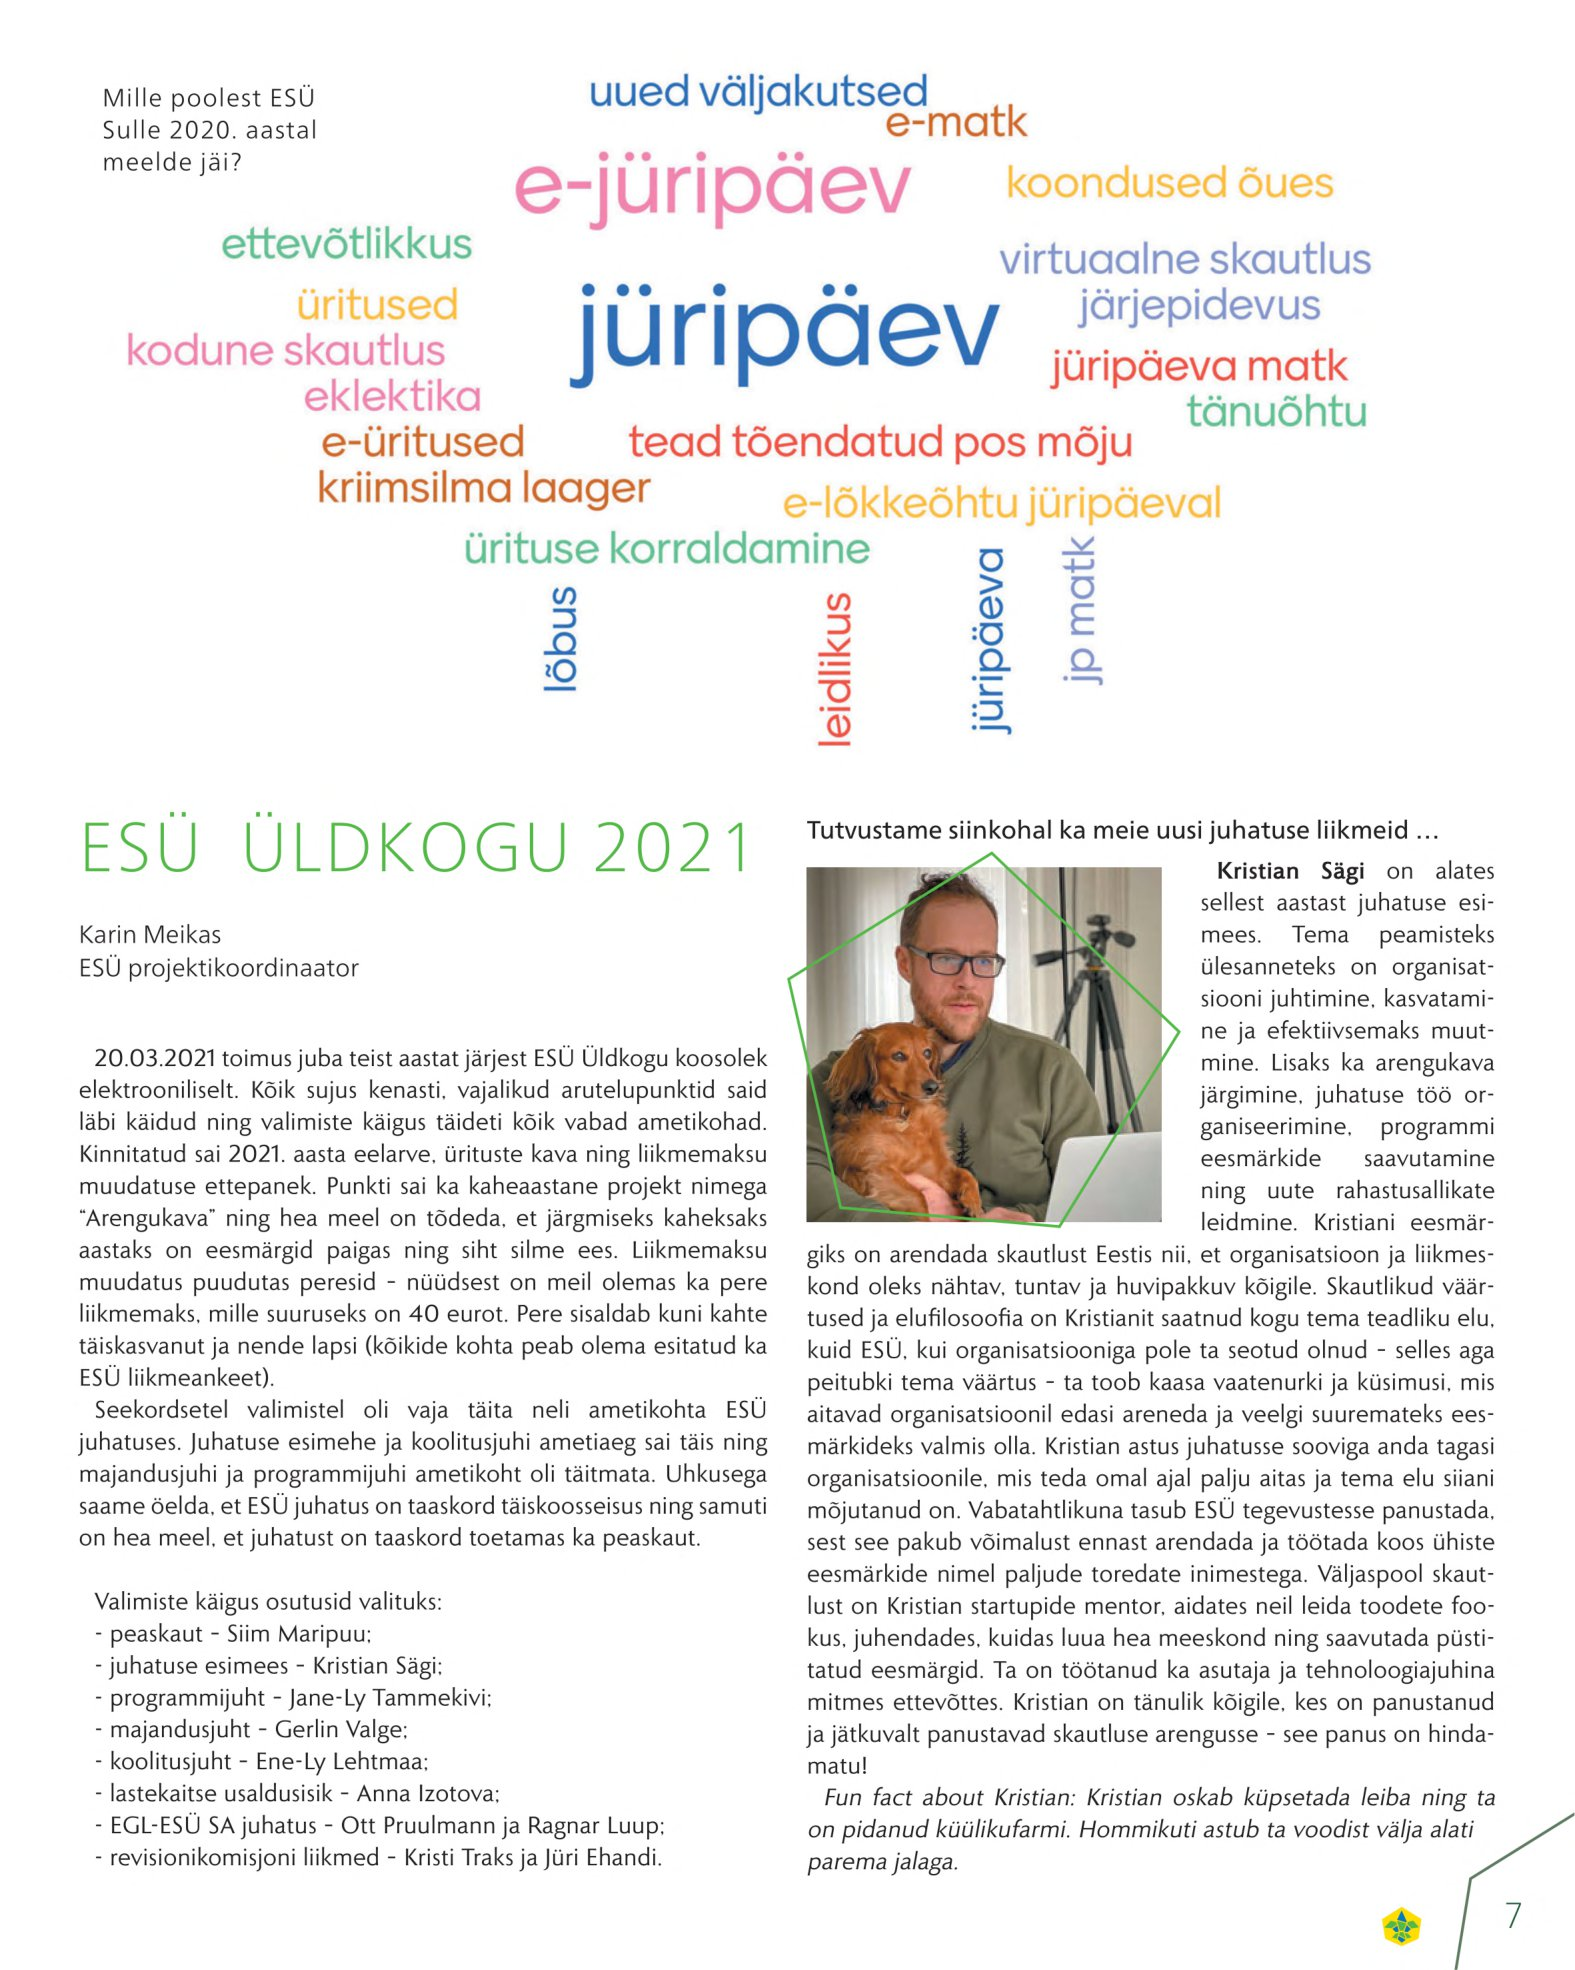
Language: et